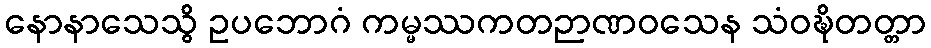
နောနာသေသွိ ဥပဘောဂံ ကမ္မဿကတဉာဏဝသေန သံဝဍ္ဎိတတ္တာ